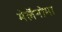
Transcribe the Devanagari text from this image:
मेलॅनोमा